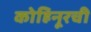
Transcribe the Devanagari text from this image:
कोहिनूरची